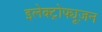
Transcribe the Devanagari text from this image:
इलेक्ट्रोफ्यूज़न